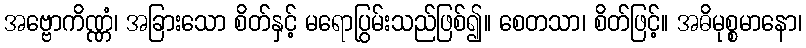
အဗ္ဗောကိဏ္ဏံ၊ အခြားသော စိတ်နှင့် မရောပြွမ်းသည်ဖြစ်၍။ စေတသာ၊ စိတ်ဖြင့်။ အဓိမုစ္စမာနော၊